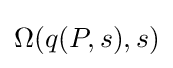
\Omega (q(P,s),s)